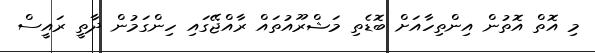
މި އޮތް އޮތުން އިންތިހާއަށް ބޮޑެތި މަޝްރޫއުތައް ރާއްޖޭގައި ހިންގަމުން ދާތީ ރައީސް